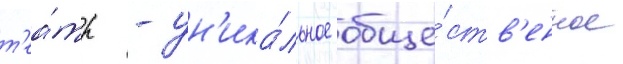
т'еа́тр - ун'ика́льное обще́ств'енное